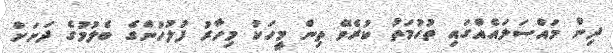
ދިން މައްސަލައެއްގައި ތުހުމަތު ކުރެވޭ ތިން މީހަކު މިހާރު ފުލުހުންގެ ބެލުމުގެ ދަށަށް